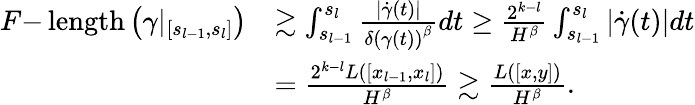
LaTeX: \begin{array}{rl}{F\mathrm{-}\operatorname{length}\left(\gamma|_{\left[s_{l-1},s_{l}\right]}\right)}&{\gtrsim\int_{s_{l-1}}^{s_{l}}\frac{|\dot{\gamma}(t)|}{{\delta(\gamma(t))}^{\beta}}dt\geq\frac{2^{k-l}}{H^{\beta}}\int_{s_{l-1}}^{s_{l}}|\dot{\gamma}(t)|dt}\\ &{=\frac{2^{k-l}L([x_{l-1},x_{l}])}{H^{\beta}}\gtrsim\frac{L([x,y])}{H^{\beta}}.}\end{array}